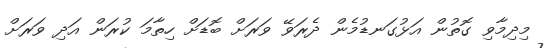
މިދިމާވި ގޮތުން އަޅުގަނޑުމެން ދެރަވޭ ވަރަށް ބޮޑަށް ހިތާމަ ކުރަން އަދި ވަރަށް